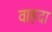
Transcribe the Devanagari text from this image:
वाहदा